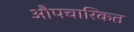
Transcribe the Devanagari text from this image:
औपचारिकत